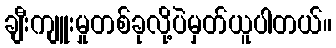
ချီးကျူးမှုတစ်ခုလို့ပဲမှတ်ယူပါတယ်။